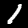
Digit: 1